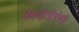
અવતારના